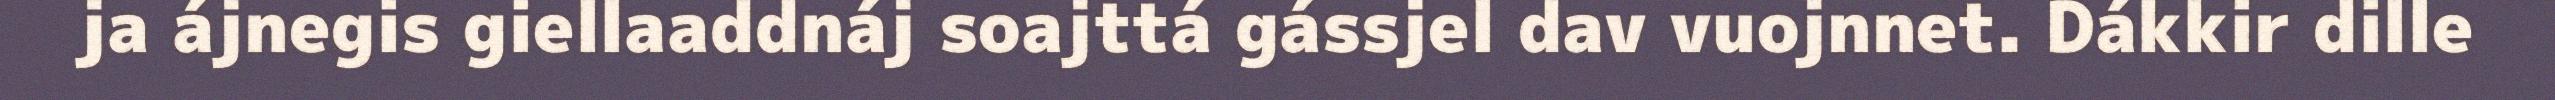
ja ájnegis giellaaddnáj soajttá gássjel dav vuojnnet. Dákkir dille